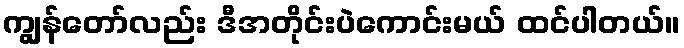
ကျွန်တော်လည်း ဒီအတိုင်းပဲကောင်းမယ် ထင်ပါတယ်။